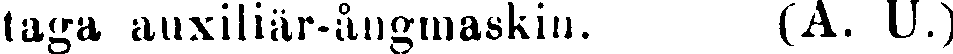
taga auxiliär-ångmaskin. (A. U.)